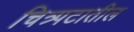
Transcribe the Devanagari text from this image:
चित्र्पटातील